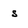
Character: s